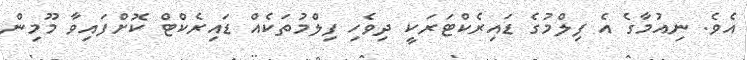
އެވެ. ނިއުމާގެ އެ ފިލްމުގެ ޑައިރެކްޓަރަކީ ދިވެހި ފިލްމުތަކެއް ޑައިރެކްޓް ކޮށްފައިވާ މޫމިން